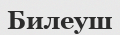
Билеуш